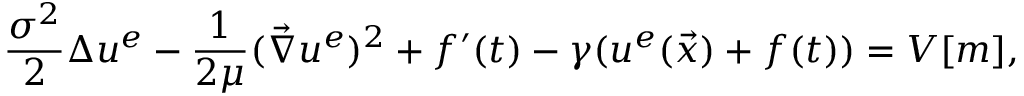
\frac { \sigma ^ { 2 } } { 2 } \Delta { u ^ { e } } - \frac { 1 } { 2 \mu } ( \vec { \nabla } u ^ { e } ) ^ { 2 } + f ^ { \prime } ( t ) - \gamma ( u ^ { e } ( \vec { x } ) + f ( t ) ) = V [ m ] ,